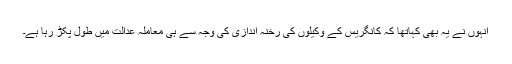
انہوں نے یہ بھی کہاتھا کہ کانگریس کے وکیلوں کی رخنہ اندازی کی وجہ سے ہی معاملہ عدالت میں طول پکڑ رہا ہے۔